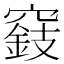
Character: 𥨓